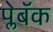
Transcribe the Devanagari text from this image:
प्लेबॅक